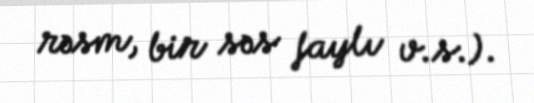
rəsm, bir səs faylı v.s.).